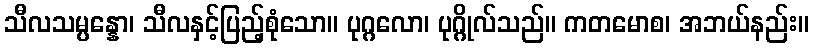
သီလသမ္ပန္နော၊ သီလနှင့်ပြည့်စုံသော။ ပုဂ္ဂလော၊ ပုဂ္ဂိုလ်သည်။ ကတမောစ၊ အဘယ်နည်း။